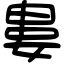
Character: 婁